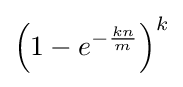
\left(1-e^{-{\frac {kn}{m}}}\right)^{k}